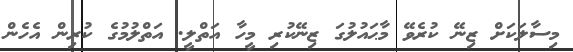
މިސާލަކަށް ޒިނޭ ކުރެވޭ މާޙައުލުގަ ޒިނޭކުރި މީހާ އަތްލީ. އަތްލުމުގެ ކުރިން އެހެން